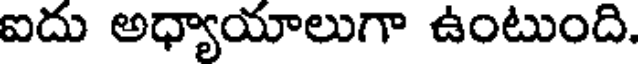
ఐదు అధ్యాయాలుగా ఉంటుంది.